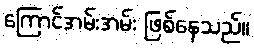
ကြောင်အမ်းအမ်း ဖြစ်နေသည်။